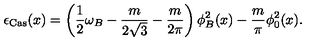
\epsilon _ { \mathrm { C a s } } ( x ) = \left( \frac { 1 } { 2 } \omega _ { B } - \frac { m } { 2 \sqrt { 3 } } - \frac { m } { 2 \pi } \right) \phi _ { B } ^ { 2 } ( x ) - \frac { m } { \pi } \phi _ { 0 } ^ { 2 } ( x ) .